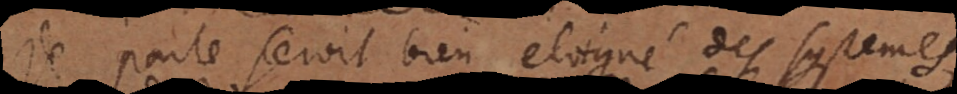
je parle seroit bien eloigné des systemes,